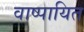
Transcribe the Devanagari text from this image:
वाष्पायित